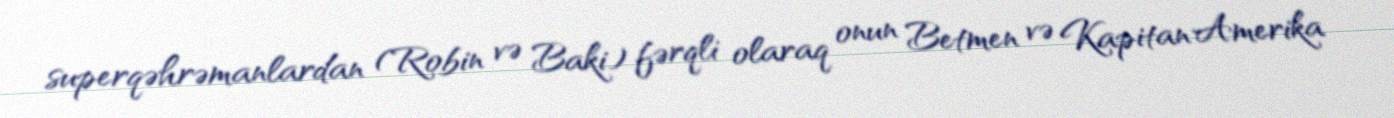
superqəhrəmanlardan (Robin və Baki) fərqli olaraq onun Betmen və Kapitan Amerika